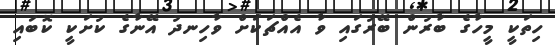
ހިތަކީ މީހާގެ ބާރުން ބޭރުގައި ވާ އެއްޗަކަށް ވާހިނދު އޭނާގެ ކުށަކީ ކޮބައި